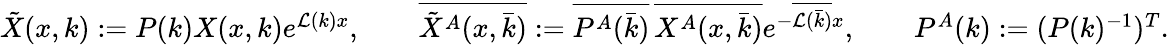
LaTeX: \begin{array}{r}{\tilde{X}(x,k):=P(k)X(x,k)e^{\mathcal{L}(k)x},\qquad\overline{{\tilde{X}^{A}(x,\bar{k})}}:=\overline{{P^{A}(\bar{k})}}\, \overline{{X^{A}(x,\bar{k})}}e^{-\overline{{\mathcal{L}(\bar{k})}}x},\qquad P^{A}(k):=(P(k)^{-1})^{T}.}\end{array}